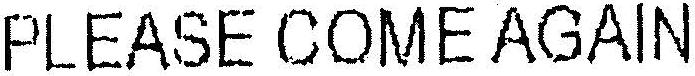
PLEASE COME AGAIN